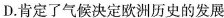
D. 肯定了气候决定欧洲历史的发展